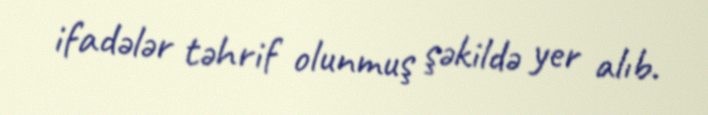
ifadələr təhrif olunmuş şəkildə yer alıb.